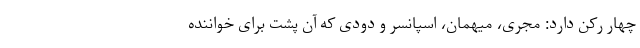
چهار رکن دارد: مجری، میهمان، اسپانسر و دودی که آن پشت برای خواننده